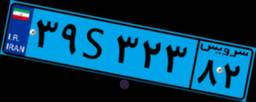
۰۷S۴۴۱۳۴